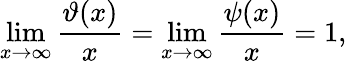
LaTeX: \operatorname*{lim}_{x\to\infty}{\frac{\vartheta(x)}{x}}=\operatorname*{lim}_{x\to\infty}{\frac{\psi(x)}{x}}=1,